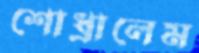
শোধ্‌রালেম